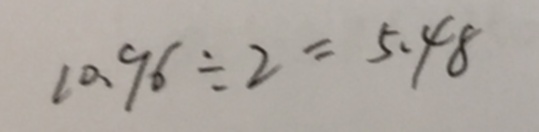
1 0 . 9 6 \div 2 = 5 . 4 8